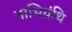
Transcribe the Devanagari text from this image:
नाभिग्रंथि